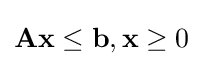
\mathbf {Ax} \leq \mathbf {b} ,\mathbf {x} \geq 0